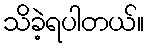
သိခဲ့ရပါတယ်။